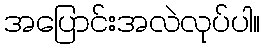
အပြောင်းအလဲလုပ်ပါ။